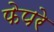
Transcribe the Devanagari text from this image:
फेपरे